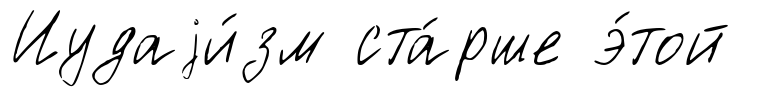
Иудаjи́зм ста́рше э́той